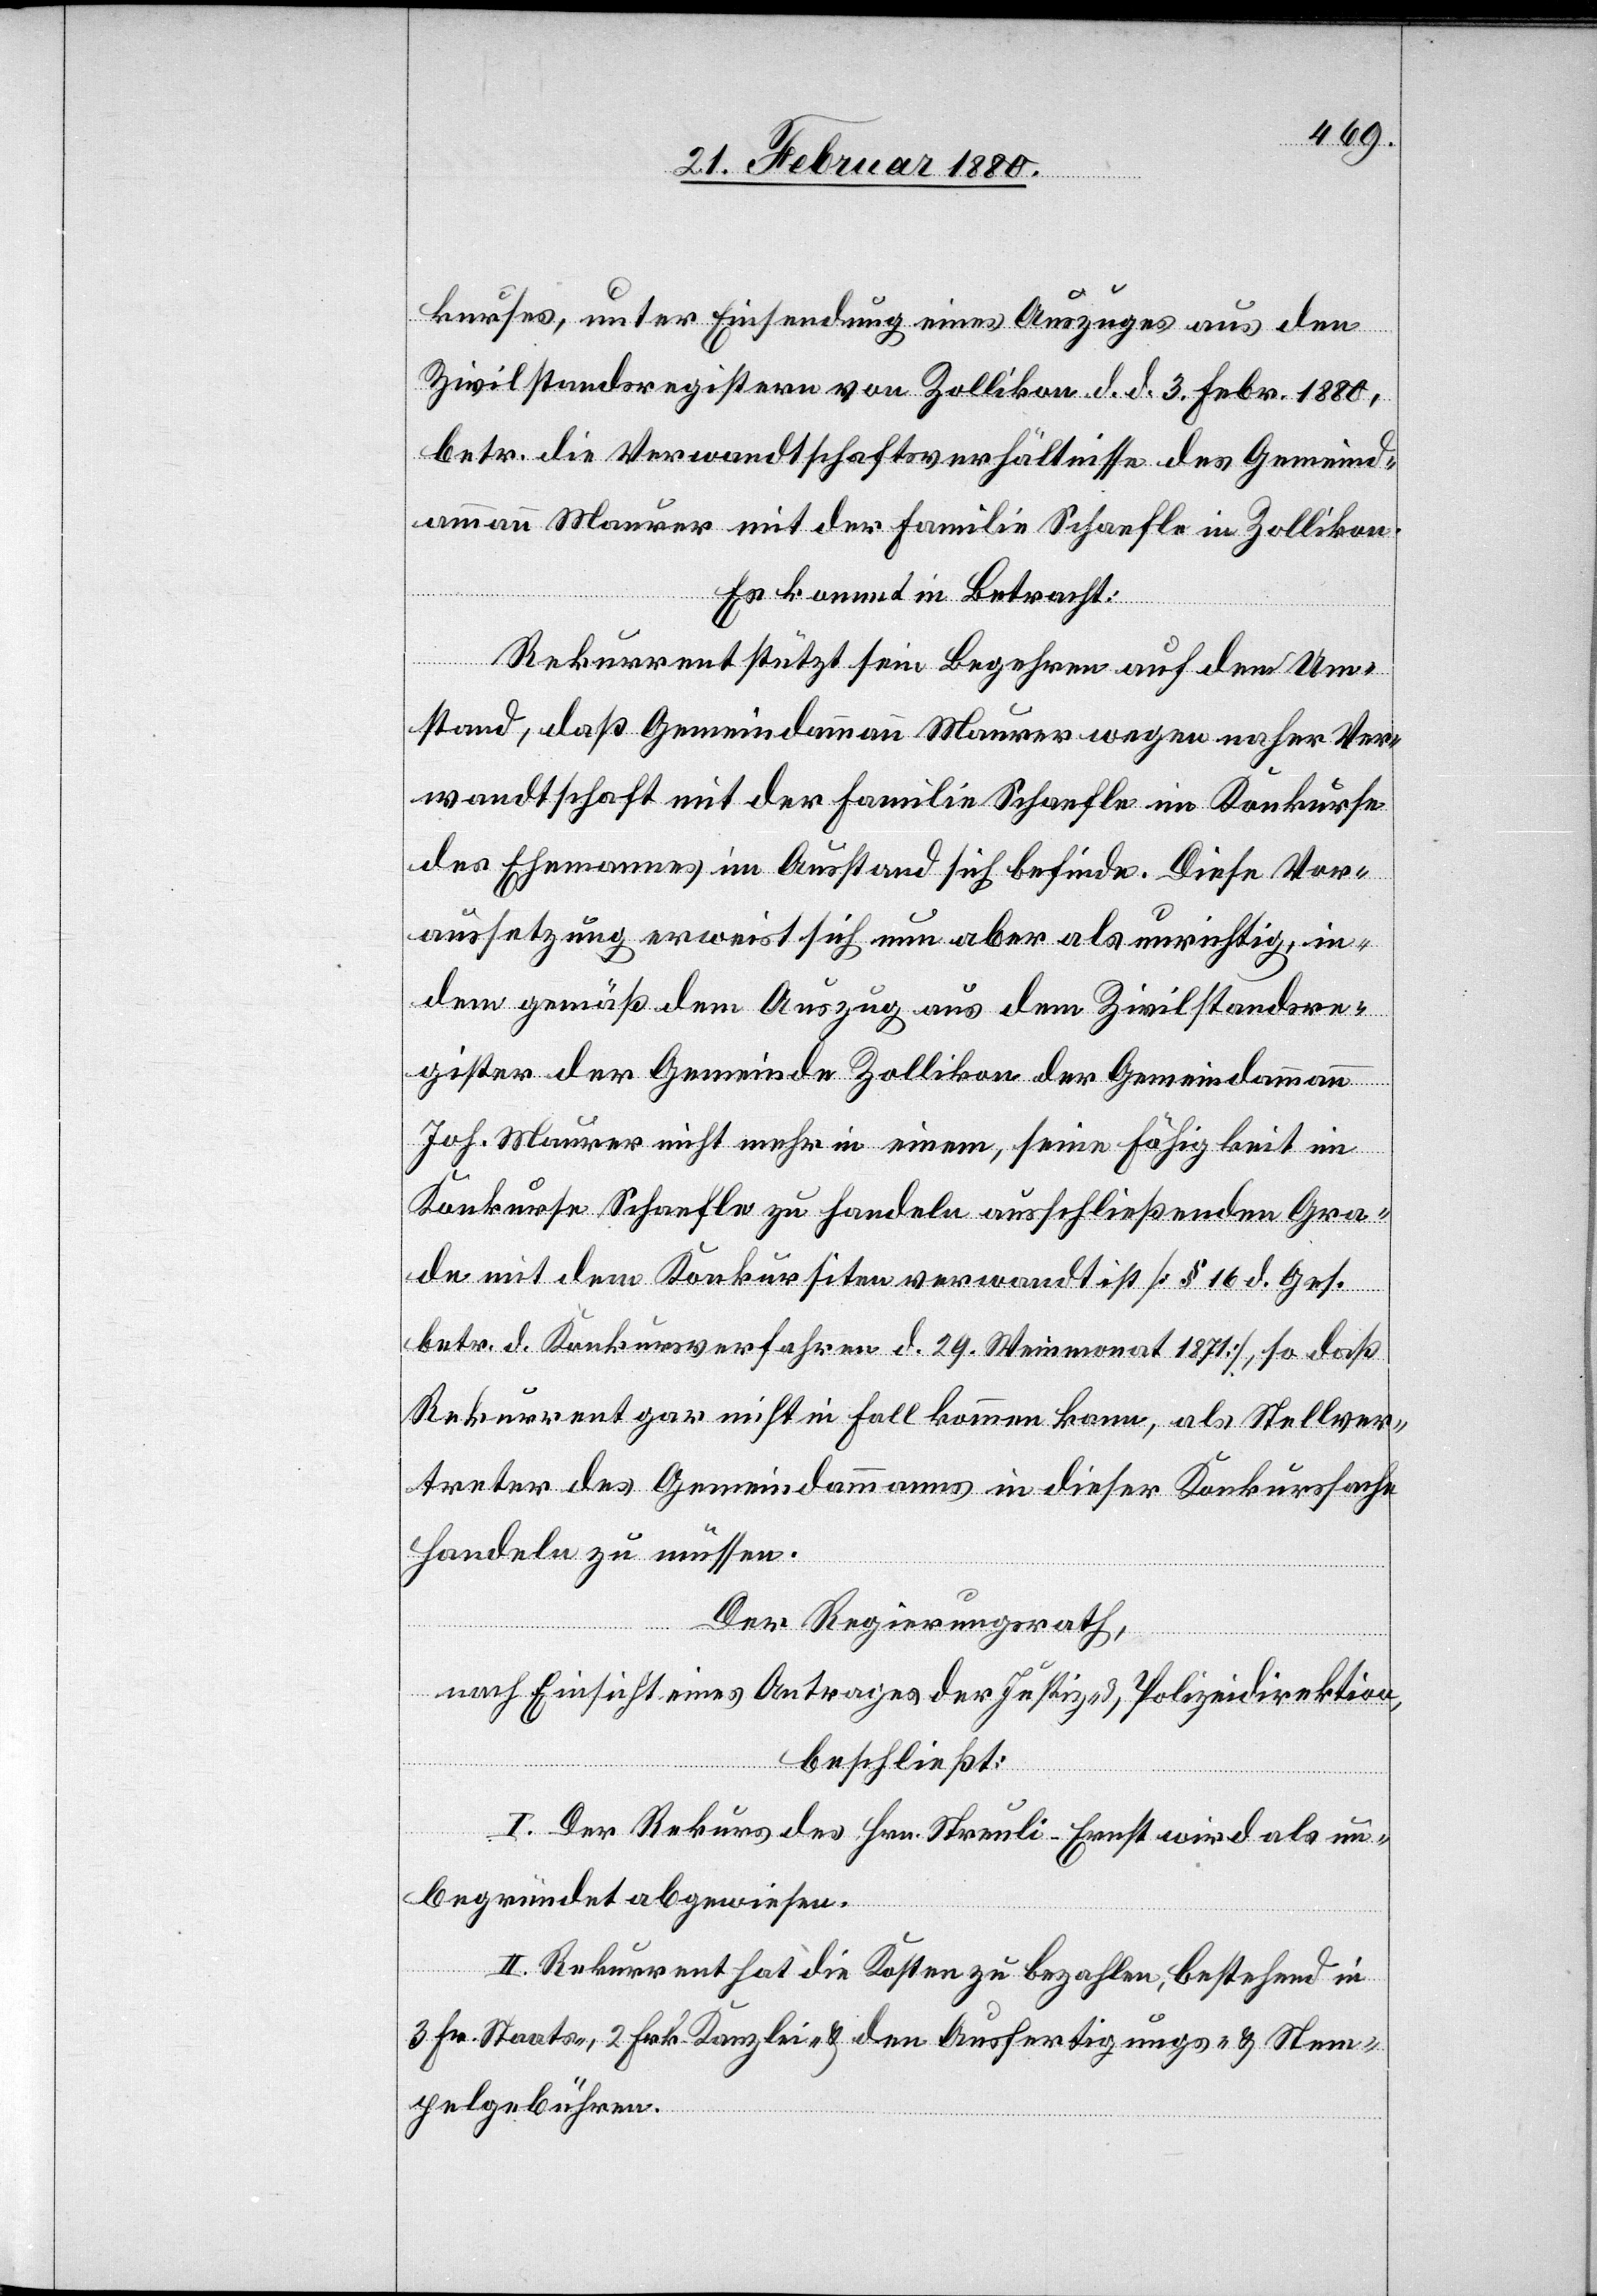
kurses, unter Einsendung eines Auszuges aus den
Zivilstandsregistern von Zollikon d. d. 3. Febr. 1880,
betr. die Verwandtschaftsverhältnisse des Gemeind¬
ammann Maurer mit der Familie Schaefle in Zollikon.
Es kommt in Betracht:
Rekurrent stützt sein Begehren auf den Um¬
stand, daß Gemeindammann Maurer wegen naher Ver¬
wandtschaft mit der Familie Schaefle im Konkurse
des Ehemannes im Ausstand sich befinde. Diese Vor¬
aussetzung erweist sich nun aber als unrichtig, in¬
dem gemäß dem Auszug aus dem Zivilstandsre¬
gister der Gemeinde Zollikon der Gemeindammann
Joh. Maurer nicht mehr in einem seine Fähigkeit im
Konkurse Schaefle zu handeln ausschließenden Gra¬
de mit dem Konkursiten verwandt ist [§ 16 d. Ges.
betr. d. Konkursverfahren d. 29. Weinmonat 1871], so daß
Rekurrent gar nicht in Fall kommen kann, als Stellver¬
treter des Gemeindammanns in dieser Konkurssache
handeln zu müssen.
Der Regierungsrat,
nach Einsicht eines Antrages der Justiz- & Polizeidirektion,
beschließt:
I. Der Rekurs des Hrn. Streuli-Ernst wird als un¬
begründet abgewiesen.
II. Rekurrent hat die Kosten zu bezahlen, bestehend in
3 Fr. Staats-, 2 Frk. Kanzlei- & den Ausfertigungs- & Stem¬
pelgebühren.